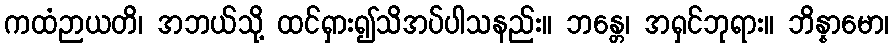
ကထံဉာယတိ၊ အဘယ်သို့ ထင်ရှား၍သိအပ်ပါသနည်း။ ဘန္တေ၊ အရှင်ဘုရား။ ဘိန္နာမော၊